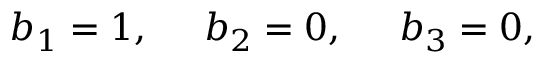
b _ { 1 } = 1 , \; \; \; \; \; b _ { 2 } = 0 , \; \; \; \; \; b _ { 3 } = 0 ,